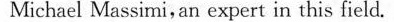
Michael Massimi, an expert in this field.